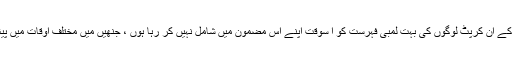
میں بی جے پی کے ان کرپٹ لوگوں کی بہت لمبی فہرست کو ا سوقت اپنے اس مضمون میں شامل نہیں کر رہا ہوں ، جنھیں میں مختلف اوقات میں پیش کر چکا ہوں ۔